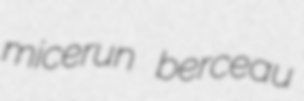
micerun berceau